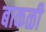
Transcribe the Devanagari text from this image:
बाकळी